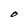
Character: O